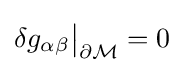
\delta g_{\alpha \beta }{\big |}_{\partial {\mathcal {M}}}=0